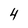
Character: 4